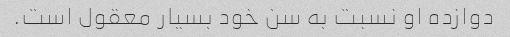
دوازده او نسبت به سن خود بسیار معقول است.